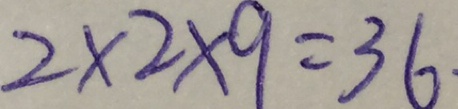
2 \times 2 \times 9 = 3 6 .